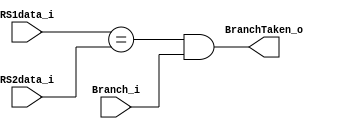
`ifndef BEQ_DETECTION_V
`define BEQ_DETECTION_V

module BEQ_Detection (
    Branch_i,
    RS1data_i,
    RS2data_i,
    BranchTaken_o
);

input           Branch_i;
input   [31:0]  RS1data_i;
input   [31:0]  RS2data_i;

output          BranchTaken_o;

assign BranchTaken_o = (RS1data_i == RS2data_i) & Branch_i;

endmodule

`endif